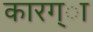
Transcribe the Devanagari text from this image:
कारग्ा